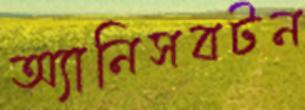
অ্যানিসবটন